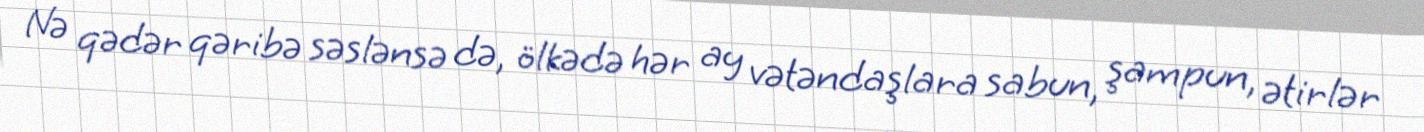
Nə qədər qəribə səslənsə də, ölkədə hər ay vətəndaşlara sabun, şampun, ətirlər